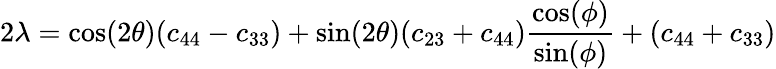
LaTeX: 2\lambda=\textrm{cos}(2\theta)(c_{44}-c_{33})+\textrm{sin}(2\theta)(c_{23}+c_{44})\frac{\textrm{cos}(\phi)}{\textrm{sin}(\phi)}+(c_{44}+c_{33})